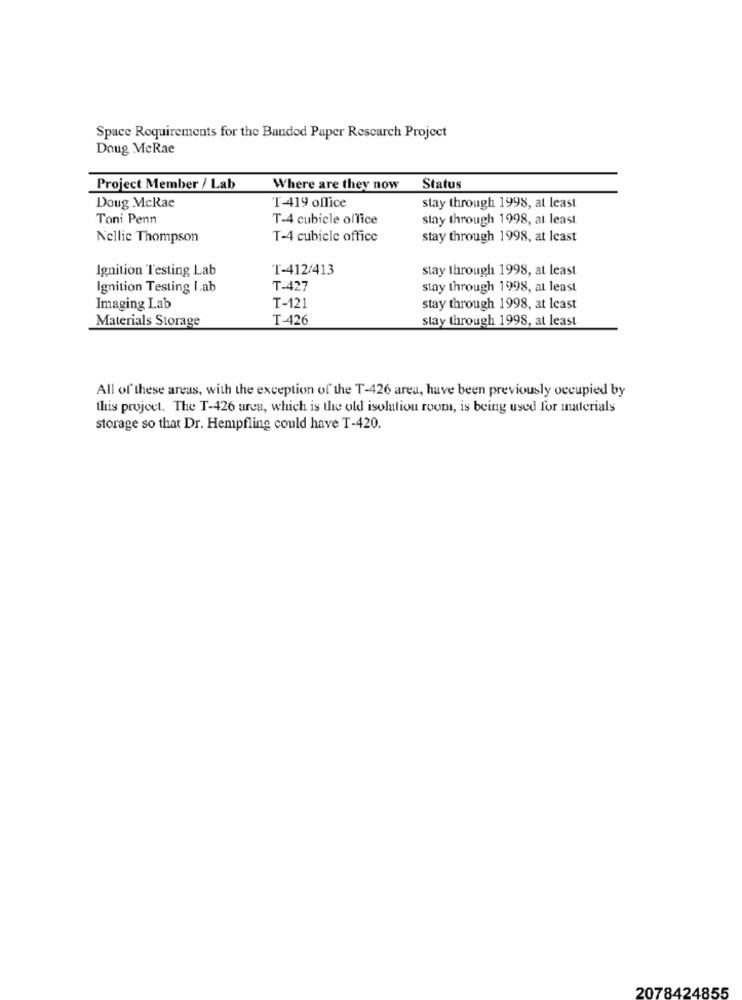
Space Requirements for the Banded Paper Research Project
Doug McRae
Project Member / Lab
Where are they now
Status
Doug McRae
T-419 office
stay through 1998, at least
Toni Penn
T-4 cubicle office
stay through 1998, at least.
Nellie Thompson
T-4 cubicle office
stay through 1998, at least
Ignition Testing Lab
T-412/413
stay through 1998, at least
Ignition Testing I,ab
T-427
stay through 1998, at least
Imaging Lab
T-121
stay through 1998, at least
Materials Storage
T-426
stay through 1998, at least
All of these areas, with the exception of the T-426 area, have been previously occupied by
this project. The T-426 area, which is the old isolation room, is being used for materials
storage so that Dr. Hempfling could have T-420.
2078424855